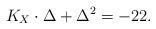
LaTeX: \begin{align*}K_X\cdot \Delta +\Delta^2=-22.\end{align*}